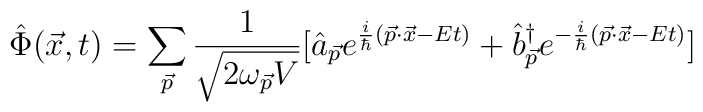
\hat{\Phi}(\vec{x},t)=\sum\limits_{\vec{p}}\frac{1} {\sqrt{2\omega_{\vec{p}}V}}[\hat{a}_{\vec{p}}e^{\frac{i} {\hbar}(\vec{p}\cdot\vec{x}-Et)}+{\hat{b}}^{\dag}_{\vec{p}}e^{-\frac{i} {\hbar}(\vec{p}\cdot\vec{x}-Et)}]